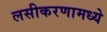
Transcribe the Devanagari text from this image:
लसीकरणामध्ये